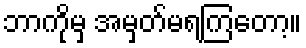
ဘာကိုမှ အမှတ်မရကြတော့။